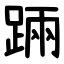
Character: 䠃